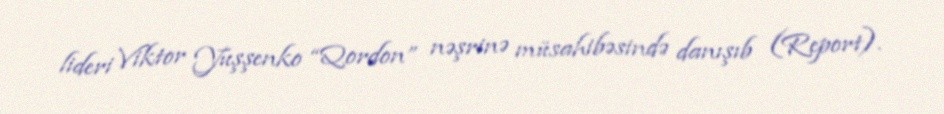
lideri Viktor Yuşşenko “Qordon” nəşrinə müsahibəsində danışıb (Report).